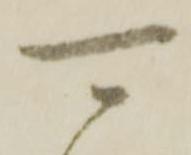
可